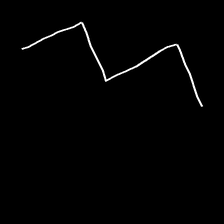
Glyph: crush